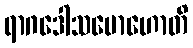
ရာဂဒေါသမောဟောတိ